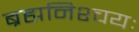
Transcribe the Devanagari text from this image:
ब्रह्मनिश्चयः